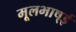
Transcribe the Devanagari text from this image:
मूलभाष्ई